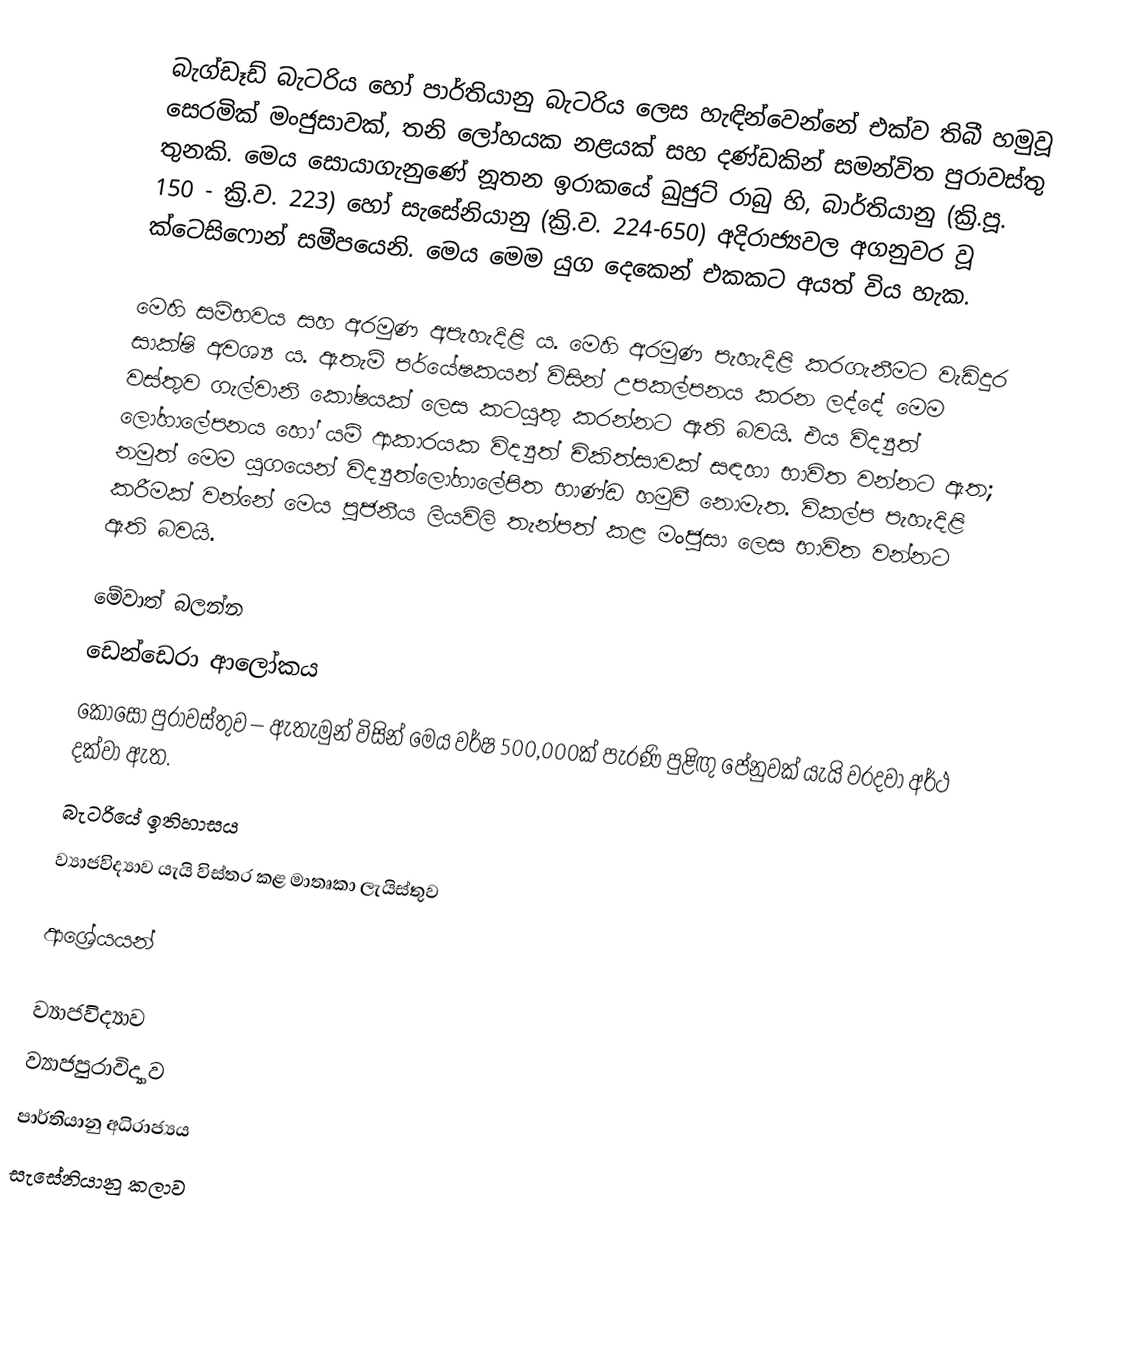
බැග්ඩෑඩ් බැටරිය හෝ පාර්තියානු බැටරිය ලෙස හැඳින්වෙන්නේ එක්ව තිබී හමුවූ සෙරමික් මංජුසාවක්, තනි ලෝහයක නළයක් සහ දණ්ඩකින් සමන්විත පුරාවස්තු තුනකි. මෙය සොයාගැනුණේ නූතන ඉරාකයේ ඛුජුට් රාබු හි, බාර්තියානු (ක්‍රි.පූ. 150 - ක්‍රි.ව. 223) හෝ සැසේනියානු (ක්‍රි.ව. 224-650) අදිරාජ්‍යවල අගනුවර වූ ක්ටෙසිෆොන් සමීපයෙනි. මෙය මෙම යුග දෙකෙන් එකකට අයත් විය හැක.

මෙහි සම්භවය සහ අරමුණ අපැහැදිළි ය. මෙහි අරමුණ පැහැදිළි කරගැනීමට වැඩිදුර සාක්ෂි අවශ්‍ය ය. ඇතැම් පර්යේෂකයන් විසින් උපකල්පනය කරන ලද්දේ මෙම වස්තුව ගැල්වානි කෝෂයක් ලෙස කටයුතු කරන්නට ඇති බවයි. එය විද්‍යුත් ලෝහාලේපනය හෝ යම් ආකාරයක විද්‍යුත් චිකිත්සාවක් සඳහා භාවිත වන්නට ඇත; නමුත් මෙම යුගයෙන් විද්‍යුත්ලෝහාලේපිත භාණ්ඩ හමුවී නොමැත. විකල්ප පැහැදිළි කරීමක් වන්නේ මෙය පූජනීය ලියවිලි තැන්පත් කළ මංජුසා ලෙස භාවිත වන්නට ඇති බවයි.

මේවාත් බලන්න
 ඩෙන්ඩෙරා ආලෝකය
 කොසෝ පුරාවස්තුව – ඇතැමුන් විසින් මෙය වර්ෂ 500,000ක් පැරණි පුළිඟු පේනුවක් යැයි වරදවා අර්ථ දක්වා ඇත.
 බැටරියේ ඉතිහාසය
 ව්‍යාජවිද්‍යාව යැයි විස්තර කළ මාතෘකා ලැයිස්තුව

ආශ්‍රේයයන්

ව්‍යාජවිද්‍යාව
ව්‍යාජපුරාවිද්‍යාව
පාර්තියානු අධිරාජ්‍යය
සැසේනියානු කලාව